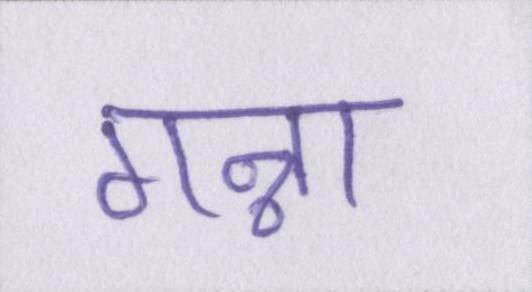
गन्ना